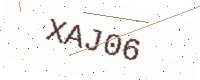
Text: XAJ06